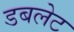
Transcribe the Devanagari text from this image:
डबलेट